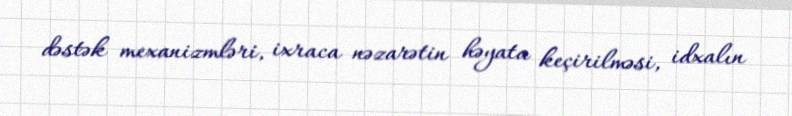
dəstək mexanizmləri, ixraca nəzarətin həyata keçirilməsi, idxalın